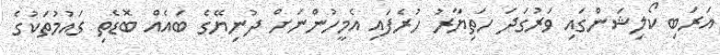
އަރަބި ކޯލިޝަންގައި ވަރުގަދަ ހަތިޔާރު ހުރެފައި އެމީހުންނަށް ދުނިޔޭގެ ބައެއް ބޮޑެތި ގައުމުތަކުގެ